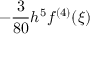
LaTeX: - { \frac { 3 } { 8 0 } } h ^ { 5 } f ^ { ( 4 ) } ( \xi )